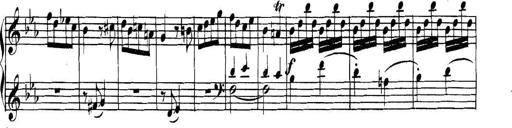
Title: Collected Piano Sonatas
Composer: Muzio Clementi